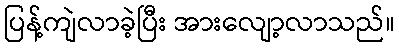
ပြန့်ကျဲလာခဲ့ပြီး အားလျော့လာသည်။